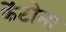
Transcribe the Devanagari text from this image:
केंटोना